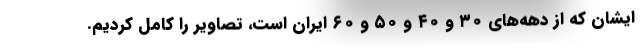
ایشان که از دهه‌های ۳۰ و ۴۰ و ۵۰ و ۶۰ ایران است، تصاویر را کامل کردیم.